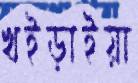
খইড়াইয়া